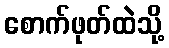
စောက်ဖုတ်ထဲသို့